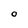
Character: O